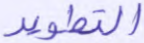
التطوير